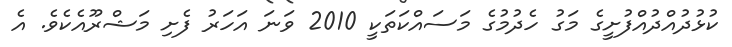
ކުޅުދުއްދުއްފުށީގެ މަގު ހެދުމުގެ މަސައްކަތަކީ 2010 ވަނަ އަހަރު ފެށި މަޝްރޫއެކެވެ. އެ